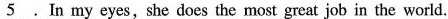
\underline{5} .In my eyes, she does the most great job in the world.